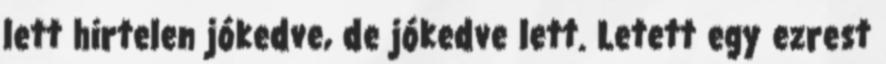
lett hirtelen jókedve, de jókedve lett. Letett egy ezrest